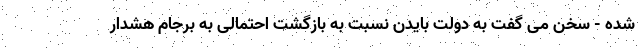
شده - سخن می گفت به دولت بایدن نسبت به بازگشت احتمالی به برجام هشدار